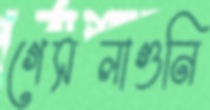
গেসলাগুনি